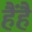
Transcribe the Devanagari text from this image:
हैंहै